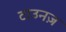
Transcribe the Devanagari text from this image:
टाउनज़